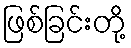
ဖြစ်ခြင်းတို့